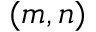
( m , n )